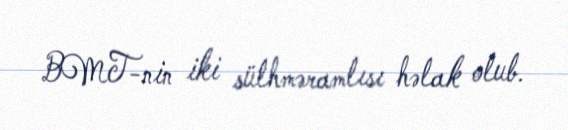
BMT-nin iki sülhməramlısı həlak olub.